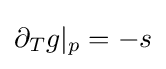
\partial _{T}g|_{p}=-s